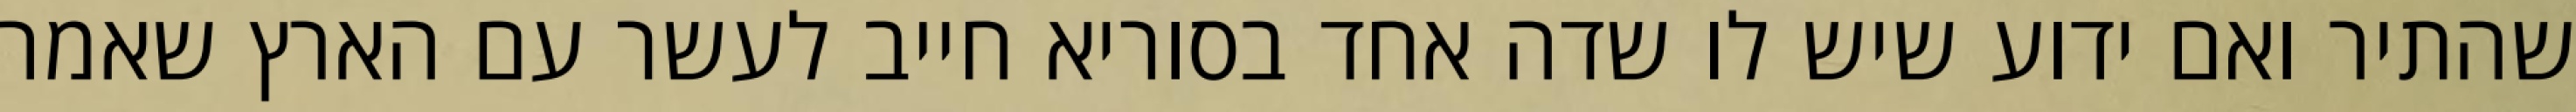
שהתיר ואם ידוע שיש לו שדה אחד בסוריא חייב לעשר עם הארץ שאמר